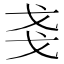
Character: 𰒥